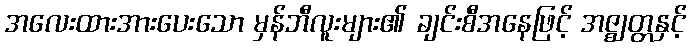
အလေးထားအားပေးသော မှန်ဘီလူးများ၏ ချင်းစီအနေဖြင့် အဇ္ဈတ္တနှင့်